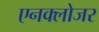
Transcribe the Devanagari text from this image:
एनक्लोजर